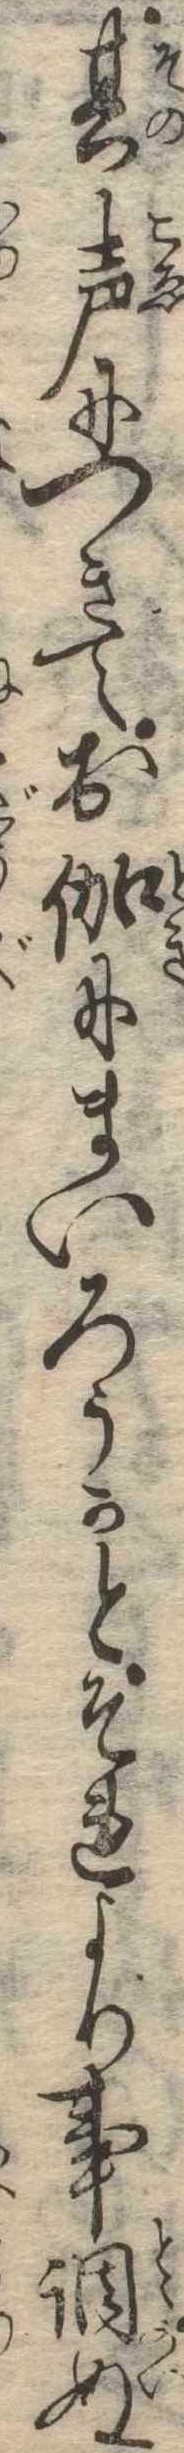
其声につきてお伽にまいろうかとそれより事調ぬ